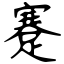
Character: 蹇